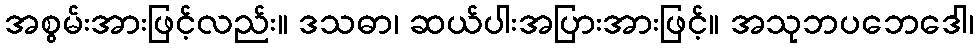
အစွမ်းအားဖြင့်လည်း။ ဒသဓာ၊ ဆယ်ပါးအပြားအားဖြင့်။ အသုဘပဘေဒေါ၊